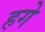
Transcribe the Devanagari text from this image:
हगे